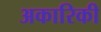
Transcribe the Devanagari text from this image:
अकारिकी